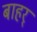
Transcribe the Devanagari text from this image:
बाहर्